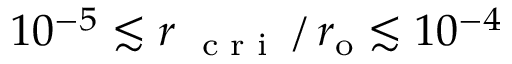
1 0 ^ { - 5 } \lesssim r _ { \mathrm { ~ \scriptsize ~ c ~ r ~ i ~ } } \, / \, r _ { \mathrm { { o } } } \lesssim 1 0 ^ { - 4 }